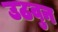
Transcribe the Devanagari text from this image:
उठवुन